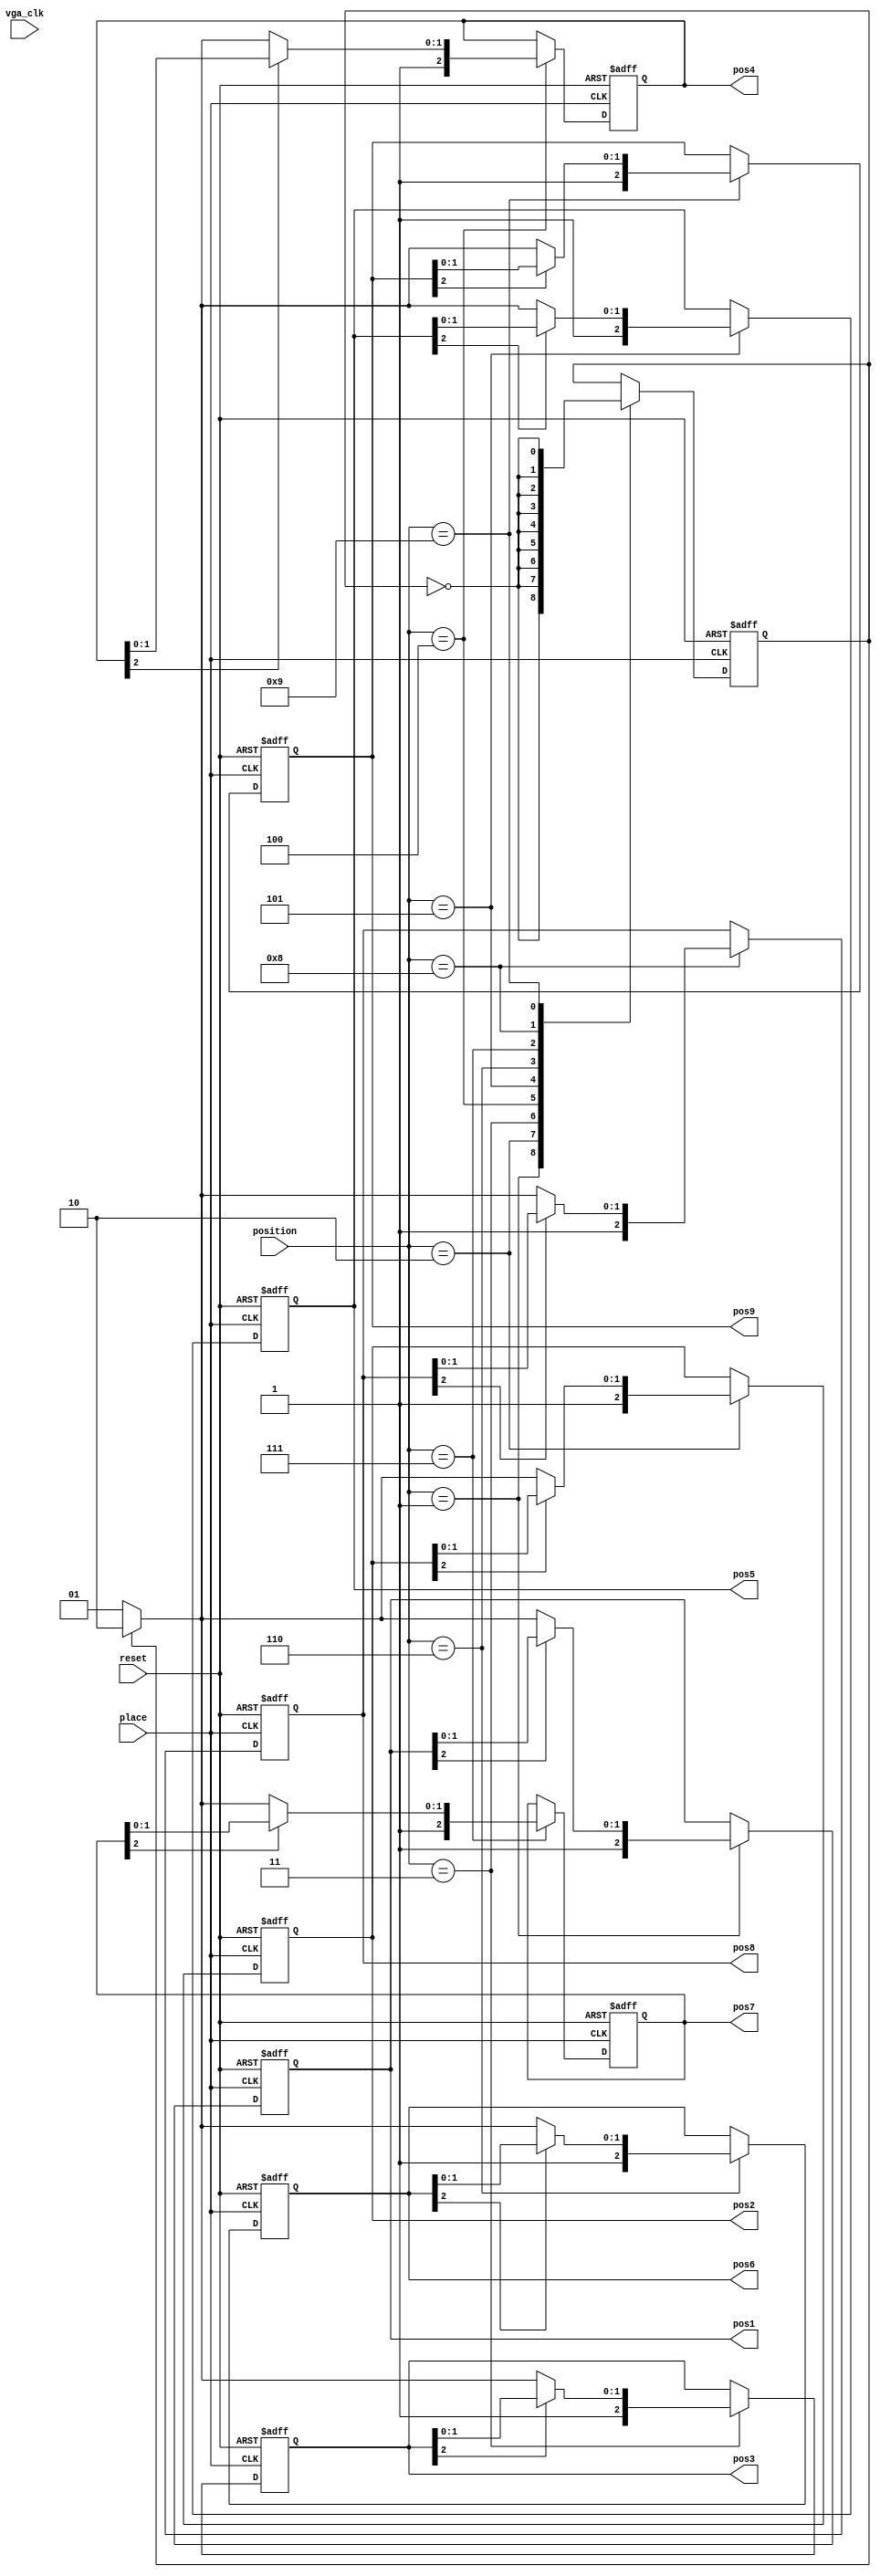
/*
--------------------------------------------------------------------------------
--
--   FileName:         gamelogic.v
--   Dependencies:     none
--   Design Software:  Quartus Prime Standard Edition
--
--   HDL CODE IS PROVIDED "AS IS."
--
--   Version History
--   Version 1.0 27.10.17 Kevin Pintong
--     Initial Public Release
--
--------------------------------------------------------------------------------
*/
module gamelogic (
    input [3:0] position,   // position of selector
    input vga_clk,
    input place,            // active LO
    input reset,            // active HI
    output reg [2:0]  pos1,	//pos keeps track of the following: 000 = empty; 010 = blue; 001 = red
    output reg [2:0]  pos2,
    output reg [2:0]  pos3,
    output reg [2:0]  pos4,
    output reg [2:0]  pos5,
    output reg [2:0]  pos6,
    output reg [2:0]  pos7,
    output reg [2:0]  pos8,
    output reg [2:0]  pos9
);
    reg player; // player = 0 = blue != red = 1

initial begin
    {player, pos1, pos2, pos3, pos4, pos5, pos6, pos7, pos8, pos9} = 28'd0;
end

always@(negedge place or posedge reset) begin
    if (reset) {player, pos1, pos2, pos3, pos4, pos5, pos6, pos7, pos8, pos9} = 28'd0;
    else if (~place) begin
        case (position)
            4'b0001: begin
                pos1 = ~pos1[2] ? (player ? 3'b110 : 3'b101) : pos1;
                player = pos1[2] == 1'b1 ? ~player : player;
            end
            4'b0010: begin
                pos2 = ~pos2[2] ? (player ? 3'b110 : 3'b101) : pos2;
                player = pos2[2] == 1'b1 ? ~player : player;
            end
            4'b0011: begin
                pos3 = ~pos3[2] ? (player ? 3'b110 : 3'b101) : pos3;
                player = pos3[2] == 1'b1 ? ~player : player;
            end
            4'b0100: begin
                pos4 = ~pos4[2] ? (player ? 3'b110 : 3'b101) : pos4;
                player = pos4[2] == 1'b1 ? ~player : player;
            end
            4'b0101: begin
                pos5 = ~pos5[2] ? (player ? 3'b110 : 3'b101) : pos5;
                player = pos5[2] == 1'b1 ? ~player : player;
            end
            4'b0110: begin
                pos6 = ~pos6[2] ? (player ? 3'b110 : 3'b101) : pos6;
                player = pos6[2] == 1'b1 ? ~player : player;
            end
            4'b0111: begin
                pos7 = ~pos7[2] ? (player ? 3'b110 : 3'b101) : pos7;
                player = pos7[2] == 1'b1 ? ~player : player;
            end
            4'b1000: begin
                pos8 = ~pos8[2] ? (player ? 3'b110 : 3'b101) : pos8;
                player = pos8[2] == 1'b1 ? ~player : player;
            end
            4'b1001: begin
                pos9 = ~pos9[2] ? (player ? 3'b110 : 3'b101) : pos9;
                player = pos9[2] == 1'b1 ? ~player : player;
            end
            default: {pos1,pos2,pos3,pos4,pos5,pos6,pos7,pos8,pos9} = {pos1,pos2,pos3,pos4,pos5,pos6,pos7,pos8,pos9};
        endcase
    end
end
endmodule